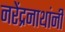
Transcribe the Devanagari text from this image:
नरेंद्रनाथांनी